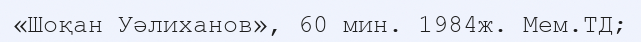
«Шоқан Уәлиханов», 60 мин. 1984ж. Мем.ТД;